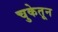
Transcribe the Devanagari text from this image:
चुकेतून